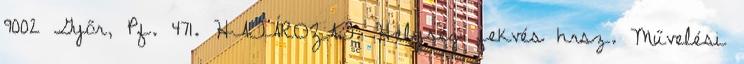
9002 Győr, Pf. 471. HATÁROZAT. Helység fekvés hrsz. Művelési